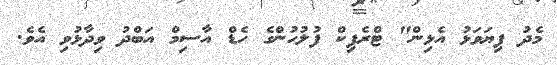
މެދު ފިޔަވަޅު އެޅިން" ޓްރެފިކް ފުލުހުންގެ ހެޑް އާސިމް އަބްދު ވިދާޅުވި އެވެ.